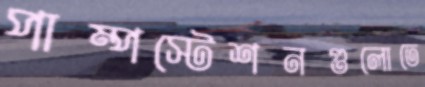
পাম্পস্টেশনগুলোতে